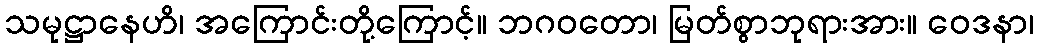
သမုဋ္ဌာနေဟိ၊ အကြောင်းတို့ကြောင့်။ ဘဂဝတော၊ မြတ်စွာဘုရားအား။ ဝေဒနာ၊